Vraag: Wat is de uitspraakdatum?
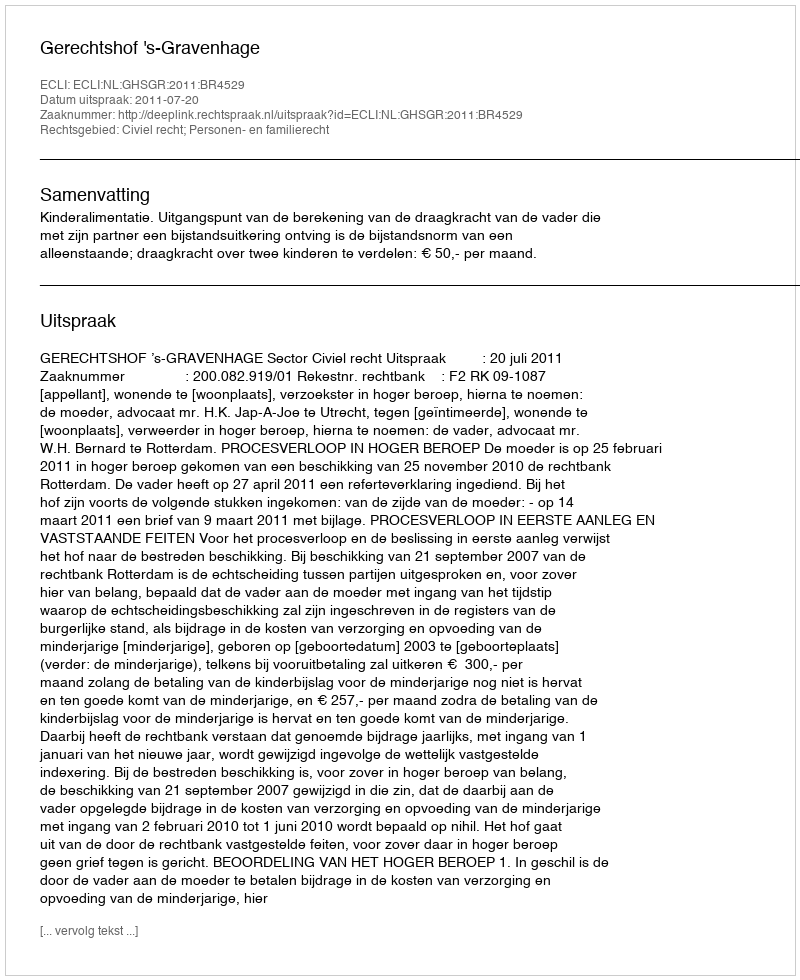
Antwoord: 2011-07-20